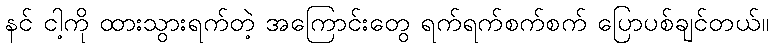
နင် ငါ့ကို ထားသွားရက်တဲ့ အကြောင်းတွေ ရက်ရက်စက်စက် ပြောပစ်ချင်တယ်။